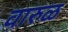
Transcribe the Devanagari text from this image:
वारुळ